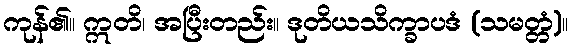
ကုန်၏။ ဣတိ၊ အပြီးတည်း။ ဒုတိယသိက္ခာပဒံ (သမတ္တံ)။